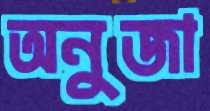
অনুজা